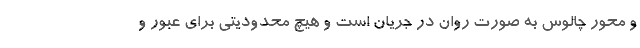
و محور چالوس به صورت روان در جریان است و هیچ محدودیتی برای عبور و